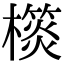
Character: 𣝎